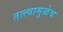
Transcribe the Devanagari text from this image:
तत्त्वामुळेच